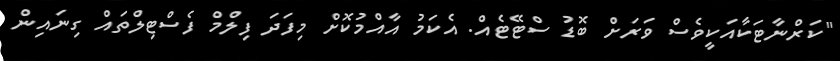
"ކަރްނާޓަކާއަކީވެސް ވަރަށް ބޮޑު ސްޓޭޓެއް. އެކަމު އާއްމުކޮށް މިފަދަ ފިލްމް ފެސްޓިލްތައް ގިނައިން